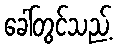
ခေါ်တွင်သည့်